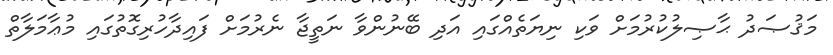
މަޤުޞަދު ޙާޞިލުކުރުމަށް ވަކި ނިޔަތެއްގައި އަދި ބޭނުންވާ ނަތީޖާ ނެރުމަށް ފައިދާހުރިގޮތުގައި މުޢާމަލާތް